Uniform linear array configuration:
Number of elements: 8
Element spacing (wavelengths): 1
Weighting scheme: blackman
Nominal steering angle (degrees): -60
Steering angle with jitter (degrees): -61.726
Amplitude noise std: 0.05
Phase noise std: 0.05

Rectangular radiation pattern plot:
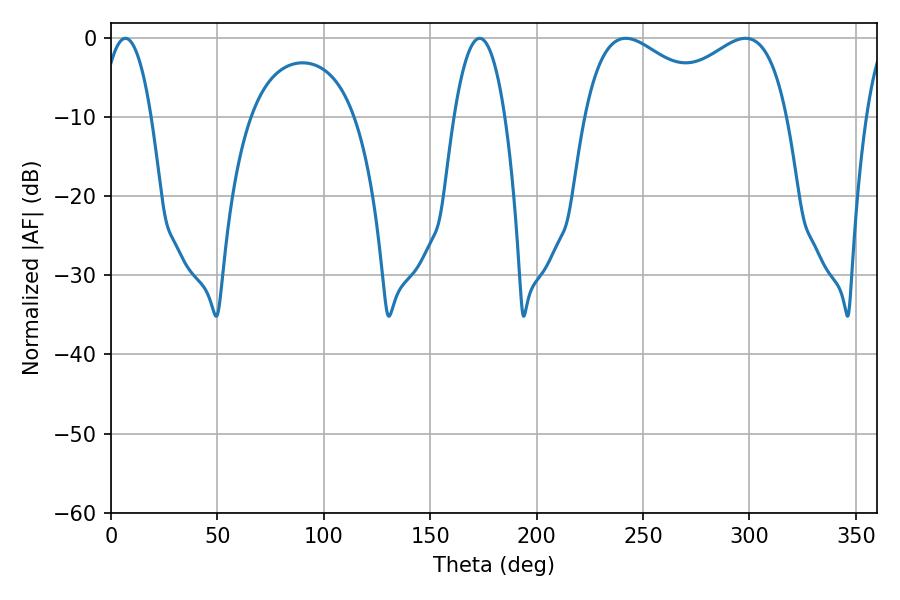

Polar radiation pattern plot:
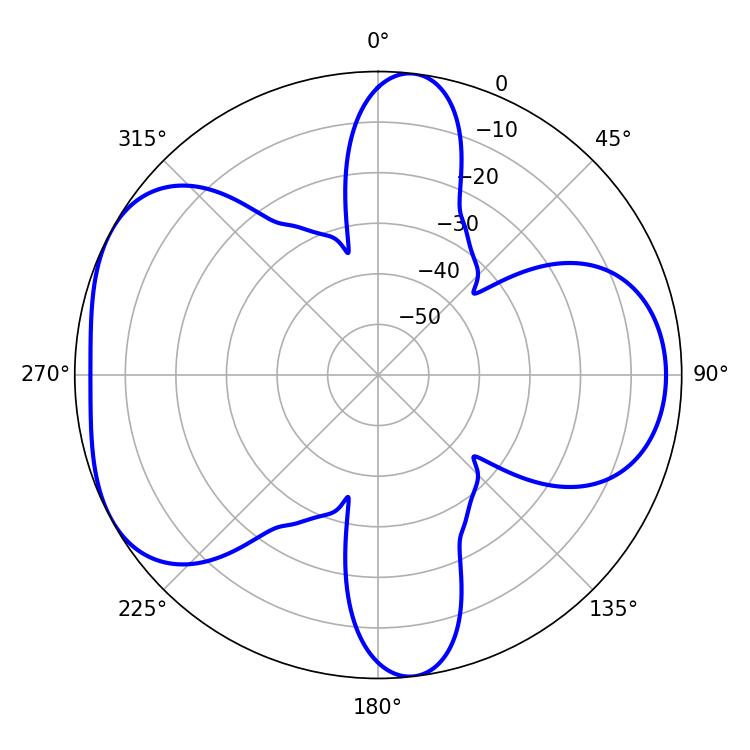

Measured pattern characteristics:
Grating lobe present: TRUE
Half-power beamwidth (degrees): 36.54
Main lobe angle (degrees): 241.92